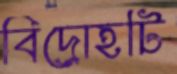
বিদ্রোহটি